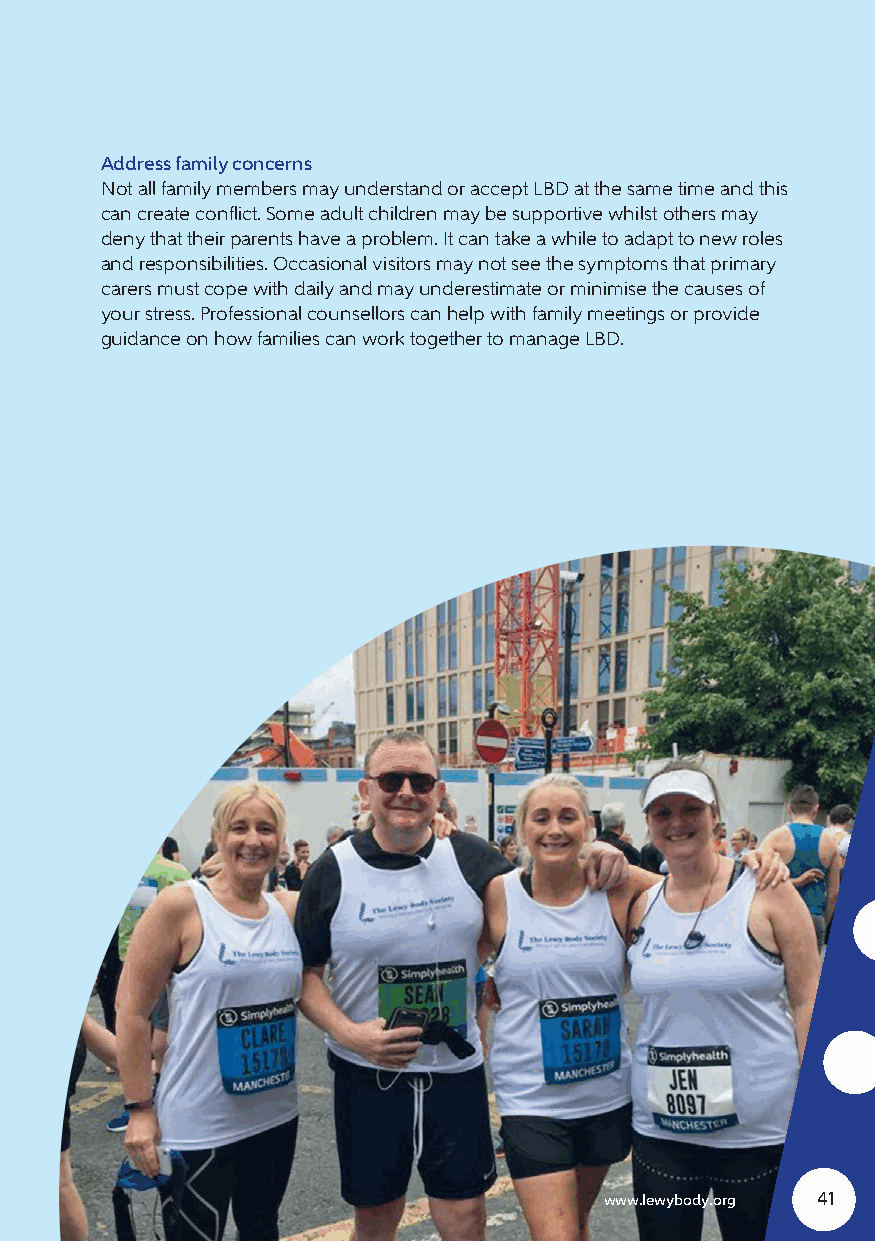
Address family concerns
 Not all family members may understand or accept LBD at the same time and this
 can create conflict. Some adult children may be supportive whilst others may
 deny that their parents have a problem. It can take a while to adapt to new roles
 and responsibilities. Occasional visitors may not see the symptoms that primary
 carers must cope with daily and may underestimate or minimise the causes of
 your stress. Professional counsellors can help with family meetings or provide
 guidance on how families can work together to manage LBD.
 www.lewybody.org 41